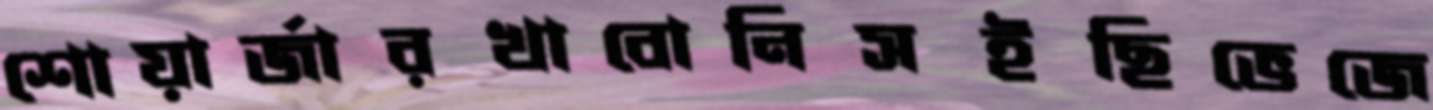
শোয়ার্জারখাবোনিসইছিভেজে